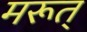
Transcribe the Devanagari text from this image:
मरूत्